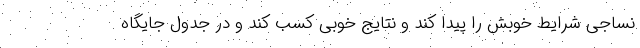
نساجی شرایط خوبش را پیدا کند و نتایج خوبی کسب کند و در جدول جایگاه